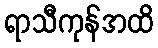
ရာသီကုန်အထိ